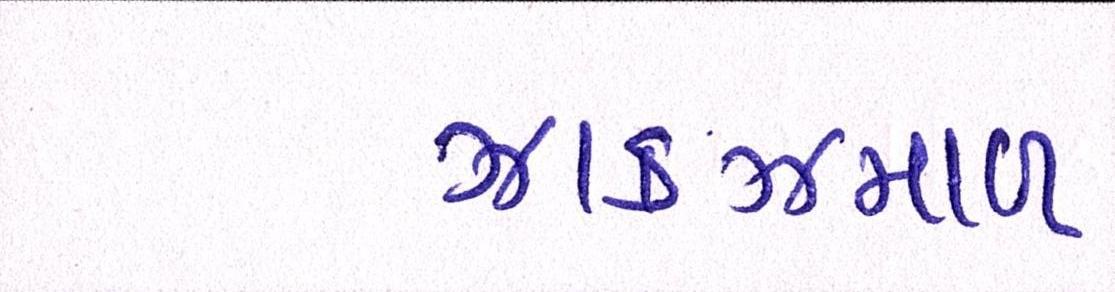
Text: ઝાકઝમાળ